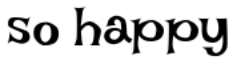
so happy